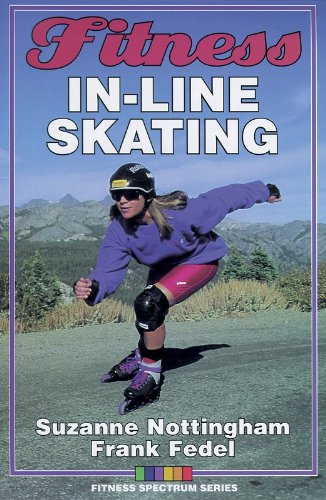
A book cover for Fitness In-Line Skating (Fitness Spectrum); Suzanne Nottingham; Sports & Outdoors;